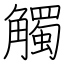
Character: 觸